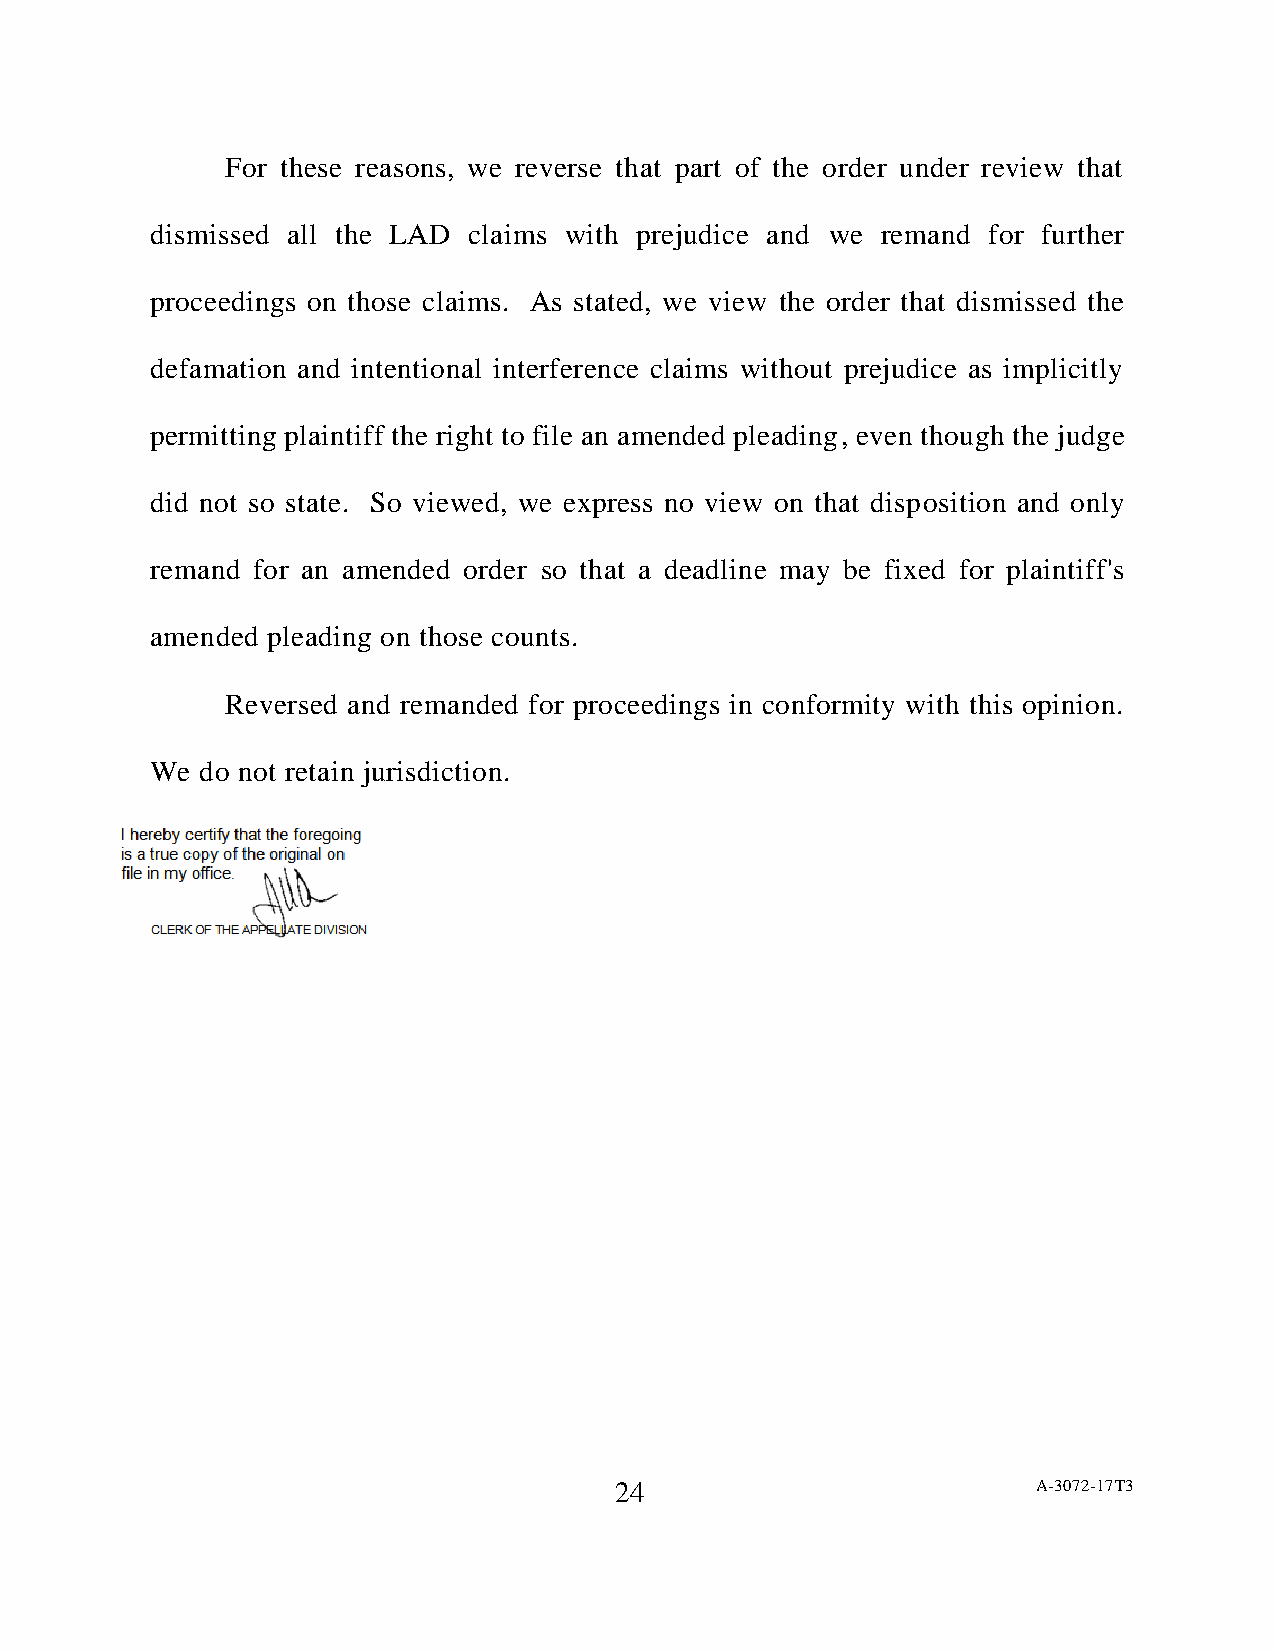
For these reasons, we reverse that part of the order under review that
 dismissed all the LAD claims with prejudice and we remand for further
 proceedings on those claims. As stated, we view the order that dismissed the
 defamation and intentional interference claims without prejudice as implicitly
 permitting plaintiff the right to file an amended pleading, even though the judge
 did not so state. So viewed, we express no view on that disposition and only
 remand for an amended order so that a deadline may be fixed for plaintiff's
 amended pleading on those counts.
 Reversed and remanded for proceedings in conformity with this opinion.
 We do not retain jurisdiction.
 24                          A-3072-17T3